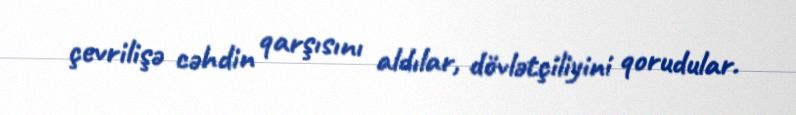
çevrilişə cəhdin qarşısını aldılar, dövlətçiliyini qorudular.